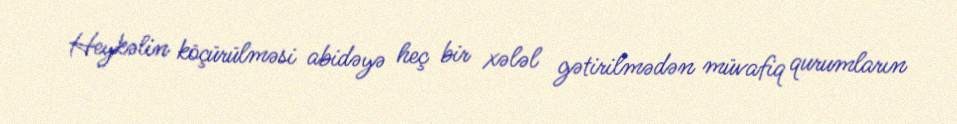
Heykəlin köçürülməsi abidəyə heç bir xələl gətirilmədən müvafiq qurumların